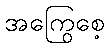
အကြွေစေ့